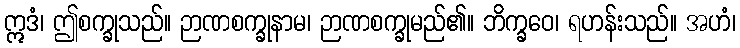
ဣဒံ၊ ဤစက္ခုသည်။ ဉာဏစက္ခုနာမ၊ ဉာဏစက္ခုမည်၏။ ဘိက္ခဝေ၊ ရဟန်းသည်။ အဟံ၊